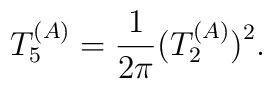
T_5^{(A)} = {1 \over 2 \pi} \big(T_2^{(A)}\big)^2.